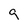
Character: q